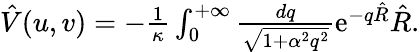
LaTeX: \begin{array}{r}{{\hat{V}}(u,v)=-\frac{1}{\kappa}\int_{0}^{+\infty}\frac{dq}{\sqrt{1+\alpha^{2}q^{2}}}\textrm{e}^{-q{\hat{R}}}{\hat{R}}.}\end{array}